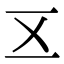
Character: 𠄡